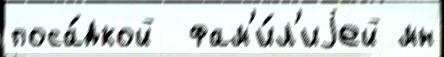
поса́дкой  фам'и́л'иjей мн